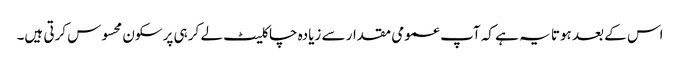
اس کے بعد ہوتا یہ ہے کہ آپ عمومی مقدار سے زیادہ چاکلیٹ لے کر ہی پرسکون محسوس کرتی ہیں۔